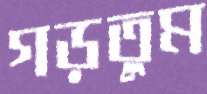
গড়তুম